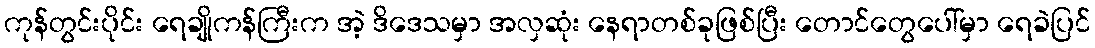
ကုန်တွင်းပိုင်း ရေချိုကန်ကြီးက အဲ့ ဒိဒေသမှာ အလှဆုံး နေရာတစ်ခုဖြစ်ပြီး တောင်တွေပေါ်မှာ ရေခဲပြင်